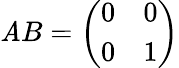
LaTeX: \mathit{A}B={\left(\begin{array}{ll}{0}&{0}\\ {0}&{1}\end{array}\right)}